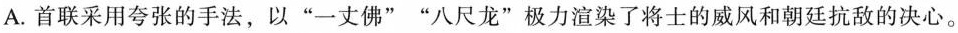
A. 首联采用夸张的手法，以“一丈佛”“八尺龙”极力渲染了将士的威风和朝廷抗敌的决心。